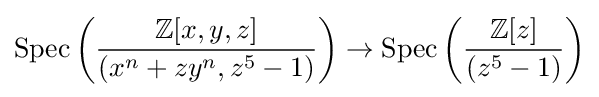
\operatorname {Spec} \left({\frac {\mathbb {Z} [x,y,z]}{(x^{n}+zy^{n},z^{5}-1)}}\right)\to \operatorname {Spec} \left({\frac {\mathbb {Z} [z]}{(z^{5}-1)}}\right)